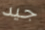
جيد